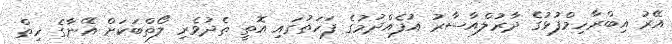
އޭރު އިބްރާހިމްފުޅުގެ ދާރުލްއާސާރު އުފެއްދުމުގެ ފަހަތުގައި އޮތީ ތެދުވެރި ލޯތްބަކަށް އޭނާގެ ހިތް